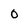
Character: 0